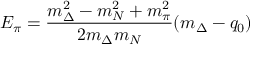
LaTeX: E _ { \pi } = { \frac { m _ { \Delta } ^ { 2 } - m _ { N } ^ { 2 } + m _ { \pi } ^ { 2 } } { 2 m _ { \Delta } m _ { N } } } ( m _ { \Delta } - q _ { 0 } )